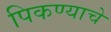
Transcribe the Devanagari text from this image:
पिकण्याचे